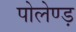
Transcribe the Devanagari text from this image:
पोलेण्ड़